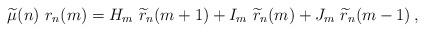
LaTeX: \begin{align*}\widetilde{\mu}(n)\ r_n(m)=H_{m}\ \widetilde{r}_{n}(m+1) +I_m\ \widetilde{r}_{n}(m) +J_m\ \widetilde{r}_{n}(m-1) \,,\end{align*}